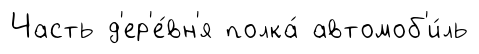
Часть д'ер'е́вн'я полка́ автомоб'и́ль